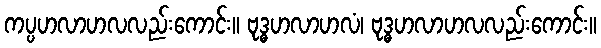
ကပ္ပဟလာဟလလည်းကောင်း။ ဗုဒ္ဓဟလာဟလံ၊ ဗုဒ္ဓဟလာဟလလည်းကောင်း။